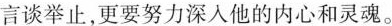
言谈举止,更要努力深入他的内心和灵魂。